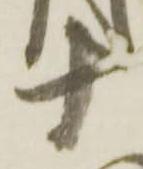
十